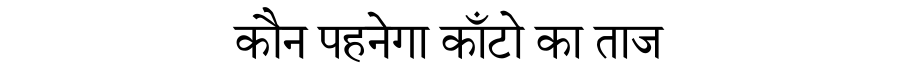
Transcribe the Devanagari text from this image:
कौन पहनेगा काँटो का ताज